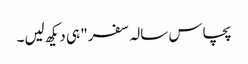
پچاس سالہ سفر" ہی دیکھ لیں۔